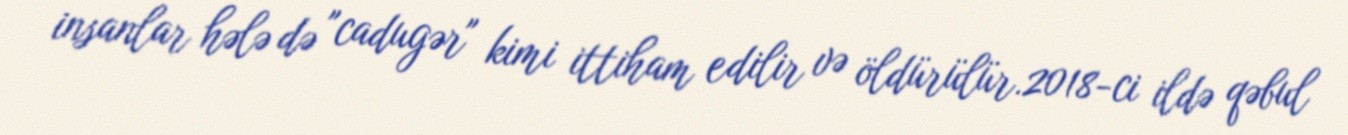
insanlar hələ də "cadugər" kimi ittiham edilir və öldürülür.2018-ci ildə qəbul